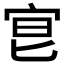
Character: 𡧮